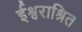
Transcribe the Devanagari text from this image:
ईश्वराश्रित